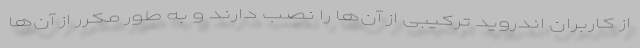
از کاربران اندروید ترکیبی از آن‌ها را نصب دارند و به طور مکرر از آن‌ها